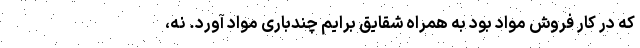
که در کار فروش مواد بود به همراه شقایق برایم چندباری مواد آورد. نه،